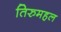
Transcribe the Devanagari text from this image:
तिरुमहल